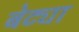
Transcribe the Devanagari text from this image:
बेट्या